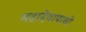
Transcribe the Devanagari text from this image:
महादेवापाशी